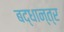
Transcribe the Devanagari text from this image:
बद्धान्त्र